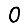
Digit: 0